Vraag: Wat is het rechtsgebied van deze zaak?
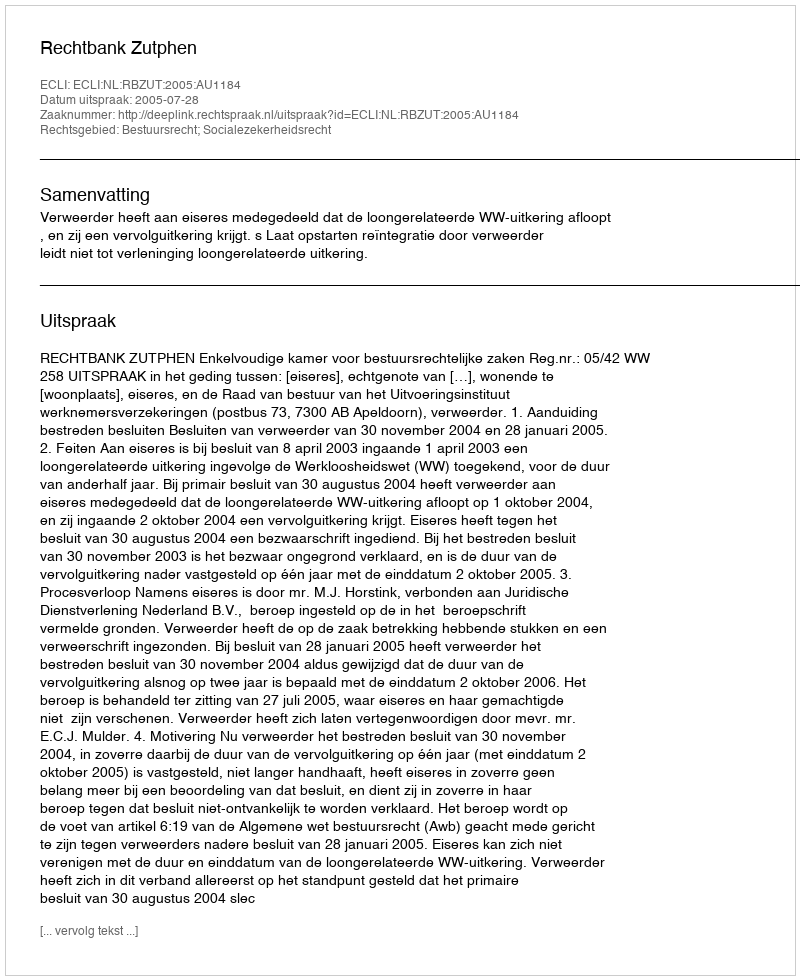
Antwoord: Bestuursrecht; Socialezekerheidsrecht